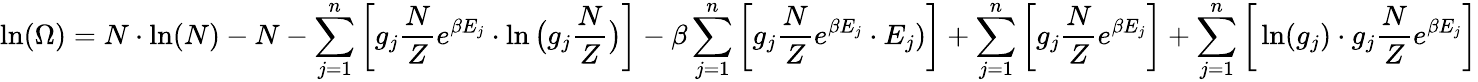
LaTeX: \ln(\Omega)=N\cdot\ln(N)-N-\sum_{j=1}^{n}\bigg[g_{j}\frac{N}{Z}e^{\beta E_{j}}\cdot\ln\big(g_{j}\frac{N}{Z}\big)\bigg]-\beta\sum_{j=1}^{n}\bigg[g_{j}\frac{N}{Z}e^{\beta E_{j}}\cdot E_{j})\bigg]+\sum_{j=1}^{n}\bigg[g_{j}\frac{N}{Z}e^{\beta E_{j}}\bigg]+\sum_{j=1}^{n}\bigg[\ln(g_{j})\cdot g_{j}\frac{N}{Z}e^{\beta E_{j}}\bigg]